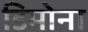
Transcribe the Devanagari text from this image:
डिमोना